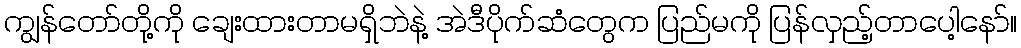
ကျွန်တော်တို့ကို ချေးထားတာမရှိဘဲနဲ့ အဲဒီပိုက်ဆံတွေက ပြည်မကို ပြန်လှည့်တာပေါ့နော်။